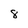
Character: 8